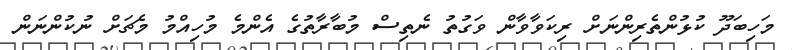
މަހިބަދޫ ކުޅުންތެރިންނަށް ރިކަވާވާން ވަގުތު ނެތިސް މުބާރާތުގެ އެންމެ މުހިއްމު މެޗަށް ނުކުންނަން